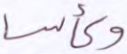
وكأسا